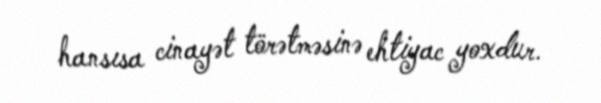
hansısa cinayət törətməsinə ehtiyac yoxdur.